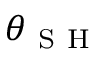
\theta _ { \mathrm { ~ S ~ H ~ } }